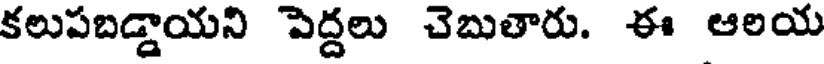
కలుపబడ్డాయని పెద్దలు చెబుతారు. ఈ ఆలయ